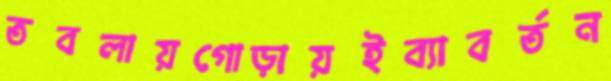
তবলায়গোড়ায়ইব্যাবর্তন